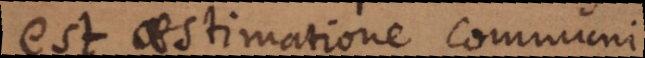
est aestimatione communi.